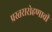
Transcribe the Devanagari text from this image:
प्रस्तरारोहणाची